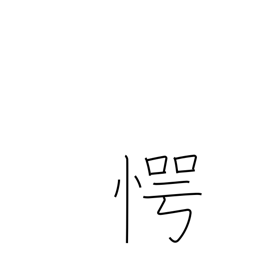
Meaning: surprised